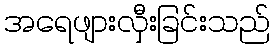
အရေဖျားလှီးခြင်းသည်